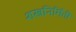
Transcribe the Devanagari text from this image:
शस्त्रनिर्मिती